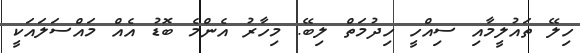
ހިލޭ ތައުލީމާއި ސިއްހީ ހިދުމަތް ލިބޭ. މިހާރު އެންމެ ބޮޑު އެއް މައްސަލައަކީ